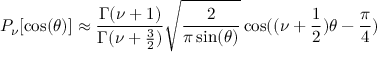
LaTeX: P _ { \nu } [ \cos ( \theta ) ] \approx { \frac { \Gamma ( \nu + 1 ) } { \Gamma ( \nu + { \frac { 3 } { 2 } } ) } } \sqrt { \frac { 2 } { \pi \sin ( \theta ) } } \cos ( ( \nu + { \frac { 1 } { 2 } } ) \theta - { \frac { \pi } { 4 } } )